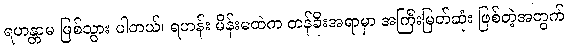
ရဟန္တာမ ဖြစ်သွား ပါတယ်၊ ရဟန်း မိန်းမထဲက တန်ခိုးအရာမှာ အကြီးမြတ်ဆုံး ဖြစ်တဲ့အတွက်